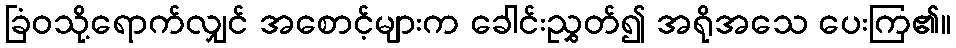
ခြံဝသို့ရောက်လျှင် အစောင့်များက ခေါင်းညွှတ်၍ အရိုအသေ ပေးကြ၏။